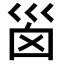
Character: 𡿺